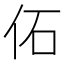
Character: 佦